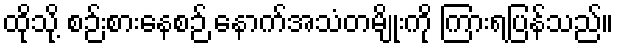
ထိုသို့ စဉ်းစားနေစဉ် နောက်အသံတမျိုးကို ကြားရပြန်သည်။